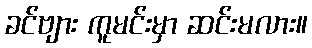
ခင်ဗျား ကူမင်းမှာ ဆင်းမလား။